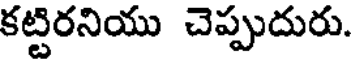
కట్టిరనియు చెప్పుదురు.